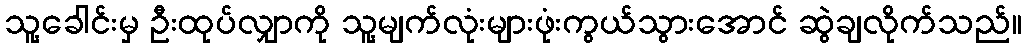
သူ့ခေါင်းမှ ဦးထုပ်လျှာကို သူ့မျက်လုံးများဖုံးကွယ်သွားအောင် ဆွဲချလိုက်သည်။